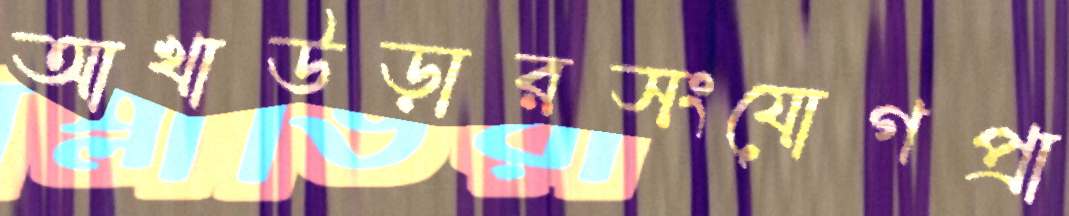
আখাউড়ারসংযোগপ্রা